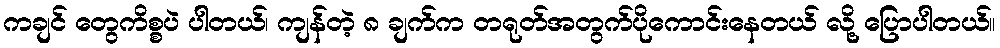
ကချင် တွေကိစ္စပဲ ပါတယ်၊ ကျန်တဲ့ ၈ ချက်က တရုတ်အတွက်ပိုကောင်းနေတယ် လို့ ပြောပါတယ်။